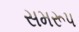
સમરૂપ